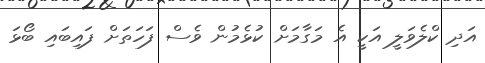
އަދި ކްލެވަލީ އަކީ އެ މަގާމަށް ކުޅެމުން ވެސް ފަހަތަށް ފައިބައި ބޯޅަ